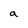
Character: a